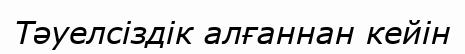
Тәуелсіздік алғаннан кейін